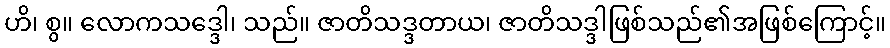
ဟိ၊ စွ။ လောကသဒ္ဒေါ၊ သည်။ ဇာတိသဒ္ဒတာယ၊ ဇာတိသဒ္ဒါဖြစ်သည်၏အဖြစ်ကြောင့်။